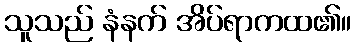
သူသည် နံနက် အိပ်ရာကထ၏။